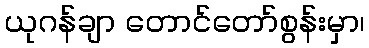
ယုဂန်ချာ တောင်တော်စွန်းမှာ၊